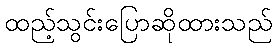
ထည့်သွင်းပြောဆိုထားသည်